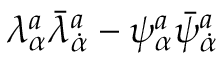
\lambda _ { \alpha } ^ { a } \bar { \lambda } _ { \dot { \alpha } } ^ { a } - \psi _ { \alpha } ^ { a } \bar { \psi } _ { \dot { \alpha } } ^ { a }